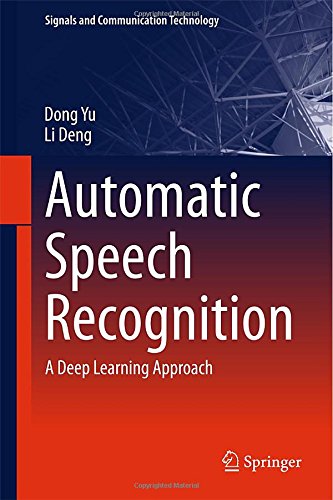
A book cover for Automatic Speech Recognition: A Deep Learning Approach (Signals and Communication Technology); Dong Yu; Computers & Technology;